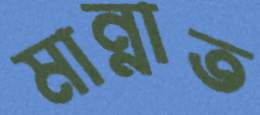
মান্নাত